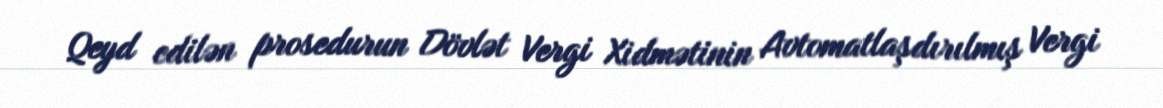
Qeyd edilən prosedurun Dövlət Vergi Xidmətinin Avtomatlaşdırılmış Vergi